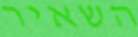
השאיר